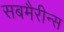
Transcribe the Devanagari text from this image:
सबमैरीन्स